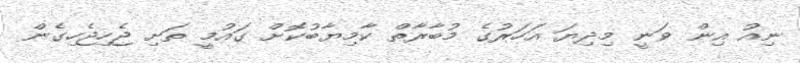
ނިއު އިން ވަނީ މިދިޔަ އަހަރުގެ މުބާރާތް ކާމިޔާބުކޮށް ގައުމީ ތަށި ޖެހިޖެހިގެން